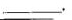
___.